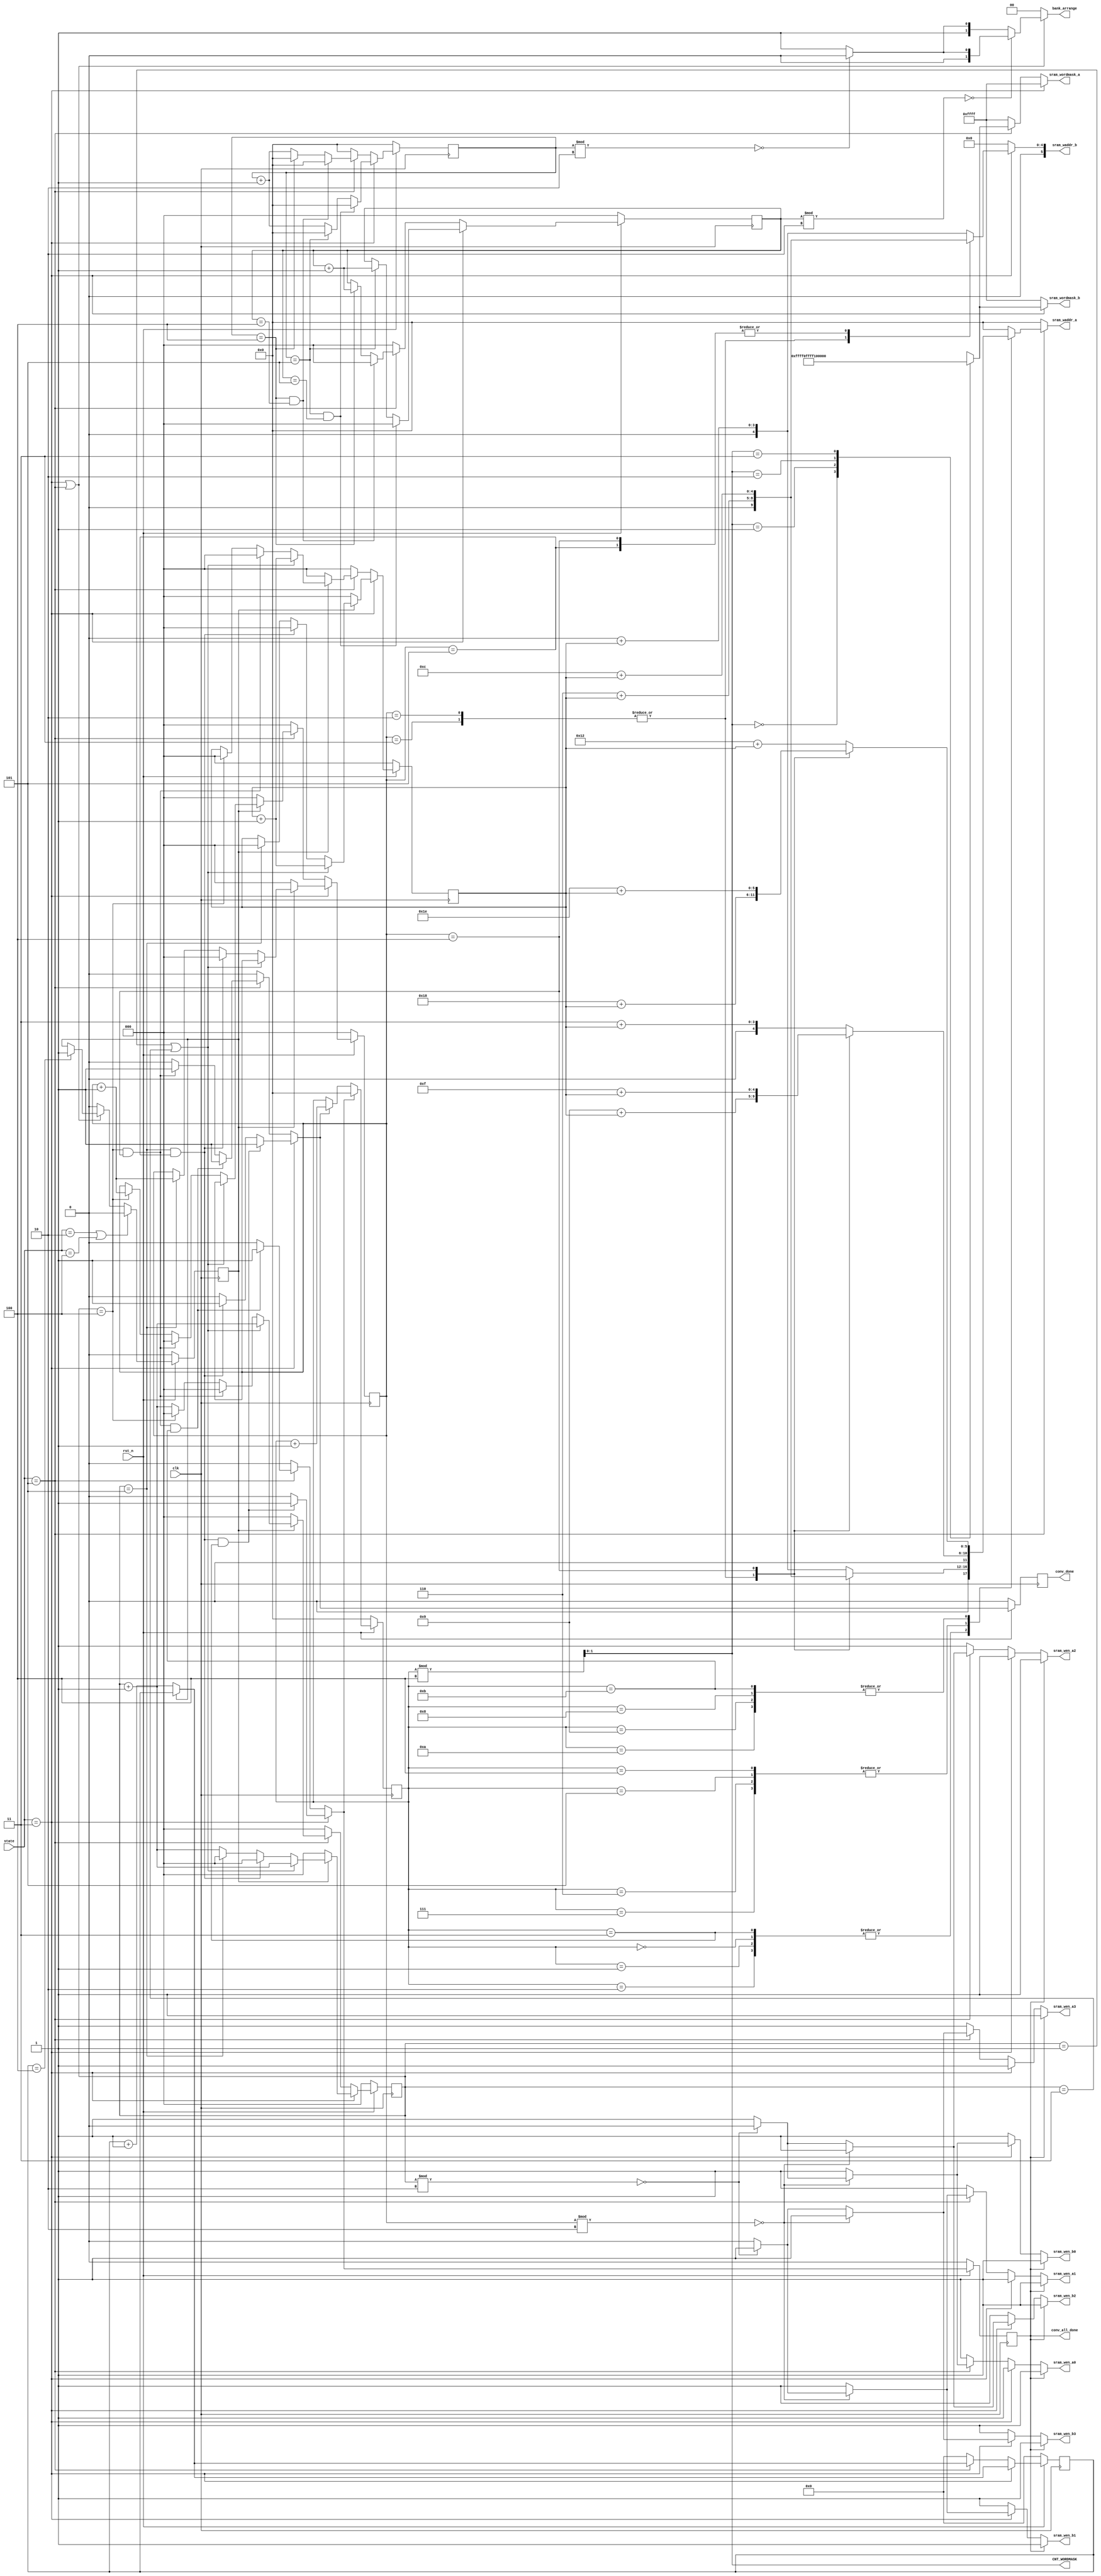
module write#(
parameter CH_NUM = 4,
parameter ACT_PER_ADDR = 4,
parameter BW_PER_ACT = 12,
parameter WEIGHT_PER_ADDR = 9, 
parameter BIAS_PER_ADDR = 1,
parameter BW_PER_PARAM = 8
)
(
input [3:0]state,
input clk,                          
input rst_n,  // synchronous reset (active low)      
// write enable for SRAM groups A & B
output reg sram_wen_a0,
output reg sram_wen_a1,
output reg sram_wen_a2,
output reg sram_wen_a3,
output reg sram_wen_b0,
output reg sram_wen_b1,
output reg sram_wen_b2,
output reg sram_wen_b3,
// word mask for SRAM groups A & B
output reg [CH_NUM*ACT_PER_ADDR-1:0] sram_wordmask_a,
output reg [CH_NUM*ACT_PER_ADDR-1:0] sram_wordmask_b,
// write addrress to SRAM groups A & B
output reg [5:0] sram_waddr_a,
output reg [5:0] sram_waddr_b,
// write data to SRAM groups A & B
output reg conv_done,
output reg conv_all_done,
output [1:0] CNT_WORDMASK,
output reg [1:0] bank_arrange
);
parameter IDLE = 4'd0, UNSUFFULE = 4'd1, LOAD_WECONV1 = 4'd2, CONV1 = 4'd3, LOAD_WECONV2 = 4'd4, CONV2 = 4'd5, LOAD_WECONV3 = 4'd6, CONV3 = 4'd7; 
reg start_CNT, n_start_CNT;
reg [3:0] CNT_DELAY, n_CNT_DELAY;
reg [2:0] CNT_ADDR, n_CNT_ADDR;
reg [5:0] CNT_No, n_CNT_No;
reg [2:0] CNT_ADDR_R, n_CNT_ADDR_R;
reg [2:0] CNT_HALF, n_CNT_HALF;
reg n_conv_all_done;
reg n_conv_done;


always @(posedge clk) begin
	if(~rst_n) begin
		CNT_ADDR <= 0;
		CNT_No <= 0;
		CNT_ADDR_R <= 0;
		CNT_HALF <= 0;
		conv_all_done <= 0;
		CNT_DELAY <= 0;
		start_CNT <= 0;
		conv_done <= 0;
	end
	else begin
		CNT_ADDR <= n_CNT_ADDR;
		CNT_No <= n_CNT_No;
		CNT_ADDR_R <= n_CNT_ADDR_R;
		CNT_HALF <= n_CNT_HALF;
		conv_all_done <= n_conv_all_done;
		CNT_DELAY <= n_CNT_DELAY;
		start_CNT <= n_start_CNT;
		conv_done <= n_conv_done;
	end
end

always @* begin
	if(state == LOAD_WECONV1 || state == LOAD_WECONV2)
		n_start_CNT = 0;
	else if(state == CONV1 || state == CONV2) begin
		if(CNT_DELAY ==4)
			n_start_CNT = 1;
		else
			n_start_CNT = start_CNT;
	end
	else
		n_start_CNT = 0;
end


always @* begin

	n_CNT_DELAY = 0;
	n_CNT_ADDR = 0;
	n_CNT_ADDR_R = 0;
	n_CNT_HALF = 0;
	if(state == CONV1) begin
		if(start_CNT == 1) begin
			n_CNT_DELAY = CNT_DELAY ;
			n_CNT_ADDR = CNT_ADDR + 1;
			n_CNT_ADDR_R = CNT_ADDR_R;
			if(CNT_ADDR == 1 || CNT_ADDR == 3)
				n_CNT_HALF = CNT_HALF + 1;
			else if(CNT_ADDR==5 && CNT_ADDR_R==5) begin
				n_CNT_ADDR = 0;
				n_CNT_ADDR_R = 0;
			end
			else if(CNT_ADDR==5) begin
				n_CNT_ADDR = 0;
				n_CNT_ADDR_R = CNT_ADDR_R + 1;
				n_CNT_HALF = 0;
			end
			else 
				n_CNT_HALF = CNT_HALF;
		end
		else begin
			n_CNT_DELAY = CNT_DELAY + 1;
		end
	end
	else if(state == CONV2) begin
		if(start_CNT == 1) begin
			n_CNT_DELAY = CNT_DELAY ;
			n_CNT_ADDR = CNT_ADDR + 1;
			n_CNT_ADDR_R = CNT_ADDR_R;
			if(CNT_ADDR == 1 || CNT_ADDR == 3)
				n_CNT_HALF = CNT_HALF + 1;
			else if(CNT_ADDR == 4 && CNT_ADDR_R == 4) begin
				n_CNT_ADDR = 0;
				n_CNT_ADDR_R = 0;
			end
			else if(CNT_ADDR==4) begin
				n_CNT_ADDR = 0;
				n_CNT_ADDR_R = CNT_ADDR_R + 1;
				n_CNT_HALF = 0;
			end
			else 
				n_CNT_HALF = CNT_HALF;
		end
		else begin
			n_CNT_DELAY = CNT_DELAY + 1;
		end
	end
end


always @* begin
	n_conv_done = 0;
	n_conv_all_done = 0;
	if(state == CONV1) begin
		if(CNT_ADDR == 5 && CNT_ADDR_R == 5 && CNT_No == 3) begin
			n_conv_all_done = 1;
			n_conv_done = 1;
		end
		else if(CNT_ADDR == 5 && CNT_ADDR_R == 5)
			n_conv_done = 1;
	end
	else if(state == CONV2) begin
		if(CNT_ADDR == 4 && CNT_ADDR_R == 4 && CNT_No == 11) begin
			n_conv_all_done = 1;
			n_conv_done = 1;
		end
		else if(CNT_ADDR == 4 && CNT_ADDR_R == 4)
			n_conv_done = 1;
	end
end

always @* begin
	if(n_conv_all_done == 1)
		n_CNT_No = 0;
	else if(n_conv_done == 1)
		n_CNT_No = CNT_No + 1;
	else
		n_CNT_No = CNT_No;
end



always @* begin
	sram_wen_a0 = 1;
	sram_wen_a1 = 1;
	sram_wen_a2 = 1;
	sram_wen_a3 = 1;
	sram_wen_b0 = 1;
	sram_wen_b1 = 1;
	sram_wen_b2 = 1;
	sram_wen_b3 = 1;
	if(conv_all_done) begin
	end
	else if(state == CONV1) begin
		if(CNT_ADDR_R % 2 == 0) begin
			if(CNT_ADDR % 2 == 0) begin
				sram_wen_b0 = 0;
				sram_wen_b1 = 1;
				sram_wen_b2 = 1;
				sram_wen_b3 = 1;
			end
			else begin
				sram_wen_b0 = 1;
				sram_wen_b1 = 0;
				sram_wen_b2 = 1;
				sram_wen_b3 = 1;
			end
		end
		else begin
			if(CNT_ADDR % 2 == 0) begin
				sram_wen_b0 = 1;
				sram_wen_b1 = 1;
				sram_wen_b2 = 0;
				sram_wen_b3 = 1;
			end
			else begin
				sram_wen_b0 = 1;
				sram_wen_b1 = 1;
				sram_wen_b2 = 1;
				sram_wen_b3 = 0;
			end
		end
	end
	else if(state == CONV2) begin
		if(CNT_ADDR_R % 2 == 0) begin
			if(CNT_ADDR % 2 == 0) begin
				sram_wen_a0 = 0;
				sram_wen_a1 = 1;
				sram_wen_a2 = 1;
				sram_wen_a3 = 1;
			end
			else begin
				sram_wen_a0 = 1;
				sram_wen_a1 = 0;
				sram_wen_a2 = 1;
				sram_wen_a3 = 1;
			end
		end
		else begin
			if(CNT_ADDR % 2 == 0) begin
				sram_wen_a0 = 1;
				sram_wen_a1 = 1;
				sram_wen_a2 = 0;
				sram_wen_a3 = 1;
			end
			else begin
				sram_wen_a0 = 1;
				sram_wen_a1 = 1;
				sram_wen_a2 = 1;
				sram_wen_a3 = 0;
			end
		end
	end
end

assign CNT_WORDMASK = CNT_No % 4;
always @* begin
	sram_wordmask_b = 16'b1111_1111_1111_1111;
	sram_wordmask_a = 16'b1111_1111_1111_1111;


	if(state == CONV1)begin
		case(CNT_WORDMASK) //synopsys parallel_case
			0:sram_wordmask_b = 16'b0000_1111_1111_1111;
			1:sram_wordmask_b = 16'b1111_0000_1111_1111;
			2:sram_wordmask_b = 16'b1111_1111_0000_1111;
			3:sram_wordmask_b = 16'b1111_1111_1111_0000;
		endcase		
	end
	else if(state == CONV2)begin
		case(CNT_WORDMASK) //synopsys parallel_case
			0:sram_wordmask_a = 16'b0000_1111_1111_1111;
			1:sram_wordmask_a = 16'b1111_0000_1111_1111;
			2:sram_wordmask_a = 16'b1111_1111_0000_1111;
			3:sram_wordmask_a = 16'b1111_1111_1111_0000;
		endcase		
	end
end

always @* begin
sram_waddr_a = 0;
sram_waddr_b = 0;
	if(state == CONV1) begin
		case(CNT_ADDR_R)
			0,1:sram_waddr_b = 0 + CNT_HALF;
			2,3:sram_waddr_b = 6 + CNT_HALF;
			4,5:sram_waddr_b = 12 + CNT_HALF;
			default:sram_waddr_b = 0 + CNT_HALF;
		endcase
	end
	if(state == CONV2) begin
		case(CNT_No)
			0,1,2,3: begin
				case(CNT_ADDR_R)
					0,1:sram_waddr_a = 0 + CNT_HALF;
					2,3:sram_waddr_a = 6 + CNT_HALF;
					4:sram_waddr_a = 12 + CNT_HALF;
					default:sram_waddr_a = 0 + CNT_HALF;
				endcase
			end
			4,5,6,7: begin
				case(CNT_ADDR_R)
					0,1:sram_waddr_a = 3 + CNT_HALF;
					2,3:sram_waddr_a = 9 + CNT_HALF;
					4:sram_waddr_a = 15 + CNT_HALF;
					default:sram_waddr_a = 3 + CNT_HALF;
				endcase
			end
			8,9,10,11: begin
				case(CNT_ADDR_R)
					0,1:sram_waddr_a = 18 + CNT_HALF;
					2,3:sram_waddr_a = 24 + CNT_HALF;
					4:sram_waddr_a = 30 + CNT_HALF;
					default:sram_waddr_a = 18 + CNT_HALF;
				endcase
			end
		endcase
	end
end

/////////bank arrange/////////
reg [5:0] CNT_ADDR_BA, n_CNT_ADDR_BA;
reg [2:0] CNT_ADDR_R_BA, n_CNT_ADDR_R_BA;

always @(posedge clk) begin
	if(~rst_n) begin
		CNT_ADDR_BA <= 0;
		CNT_ADDR_R_BA <= 0;
	end
	else begin
		CNT_ADDR_BA <= n_CNT_ADDR_BA;
		CNT_ADDR_R_BA <= n_CNT_ADDR_R_BA;
	end
end


always @* begin
	bank_arrange = 0;
	if(state == CONV1 || state == CONV2) begin
		if(CNT_ADDR_R_BA % 2 == 0) begin
			if(CNT_ADDR_BA % 2 == 0) begin
				bank_arrange = 0;
			end
			else begin
				bank_arrange = 1;
			end
		end
		else begin
			if(CNT_ADDR_BA % 2 == 0) begin
				bank_arrange = 2;
			end
			else begin
				bank_arrange = 3;
			end
		end
	end
end

always @* begin
	n_CNT_ADDR_BA = 0;
	n_CNT_ADDR_R_BA = 0;

	if(state == CONV1) begin
		n_CNT_ADDR_BA = CNT_ADDR_BA + 1;
		n_CNT_ADDR_R_BA = CNT_ADDR_R_BA;
		if(CNT_ADDR_BA==5 && CNT_ADDR_R_BA==5) begin
			n_CNT_ADDR_BA = 0;
			n_CNT_ADDR_R_BA = 0;
		end
		else if(CNT_ADDR_BA==5) begin
			n_CNT_ADDR_BA = 0;
			n_CNT_ADDR_R_BA = CNT_ADDR_R_BA + 1;
		end
	end
	else if(state == CONV2) begin
		n_CNT_ADDR_BA = CNT_ADDR_BA + 1;
		n_CNT_ADDR_R_BA = CNT_ADDR_R_BA;
		if(CNT_ADDR_BA==4 && CNT_ADDR_R_BA==4) begin
			n_CNT_ADDR_BA = 0;
			n_CNT_ADDR_R_BA = 0;
		end
		else if(CNT_ADDR_BA==4) begin
			n_CNT_ADDR_BA = 0;
			n_CNT_ADDR_R_BA = CNT_ADDR_R_BA + 1;
		end
	end
end

endmodule